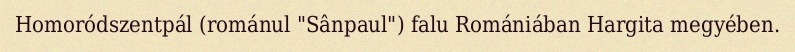
Homoródszentpál (románul "Sânpaul") falu Romániában Hargita megyében.